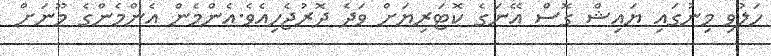
ހަލުވި މިނުގައި ޔައިޝް ގޮސް އޭނަގެ ކޮޓަރިޔަށް ވަދެ ދޮރުޖެހިއެވެ.އެންމެން އެންމެންގެ މޫނަށް